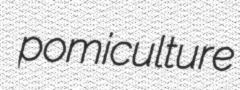
pomiculture